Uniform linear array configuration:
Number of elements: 12
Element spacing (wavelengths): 0.5
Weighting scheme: hamming
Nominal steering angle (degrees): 45
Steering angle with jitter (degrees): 46.288
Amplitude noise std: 0.05
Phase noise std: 0.05

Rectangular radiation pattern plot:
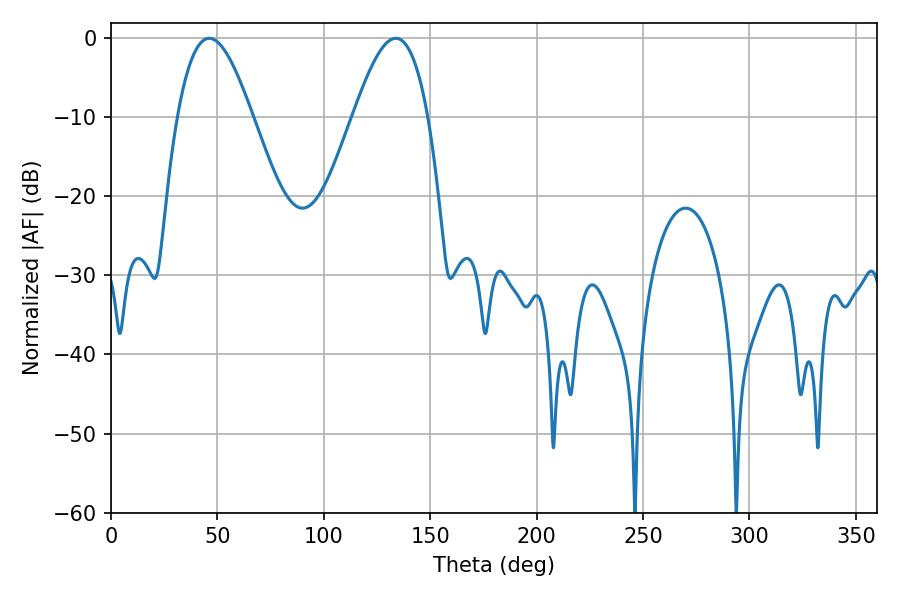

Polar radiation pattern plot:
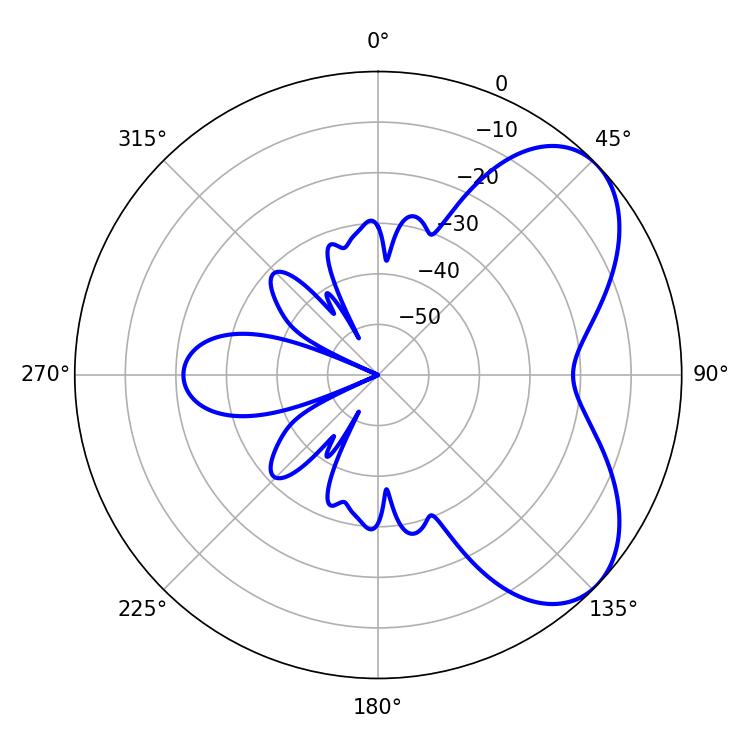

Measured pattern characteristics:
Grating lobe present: FALSE
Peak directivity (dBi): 5.745
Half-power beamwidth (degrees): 19.08
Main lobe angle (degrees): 46.26